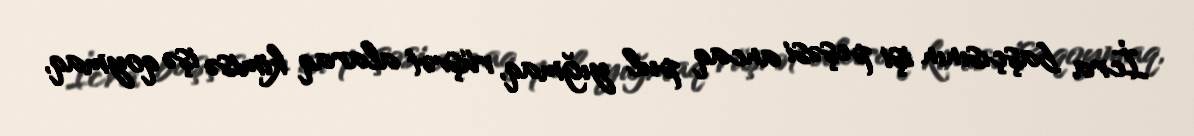
İcra başçısının işi peşəsi ancaq pul yığmaq, rüşvət alaraq kimisə işə qoymaq,